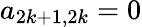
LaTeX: a_{2k+1,2k}=0